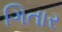
ગિતાર